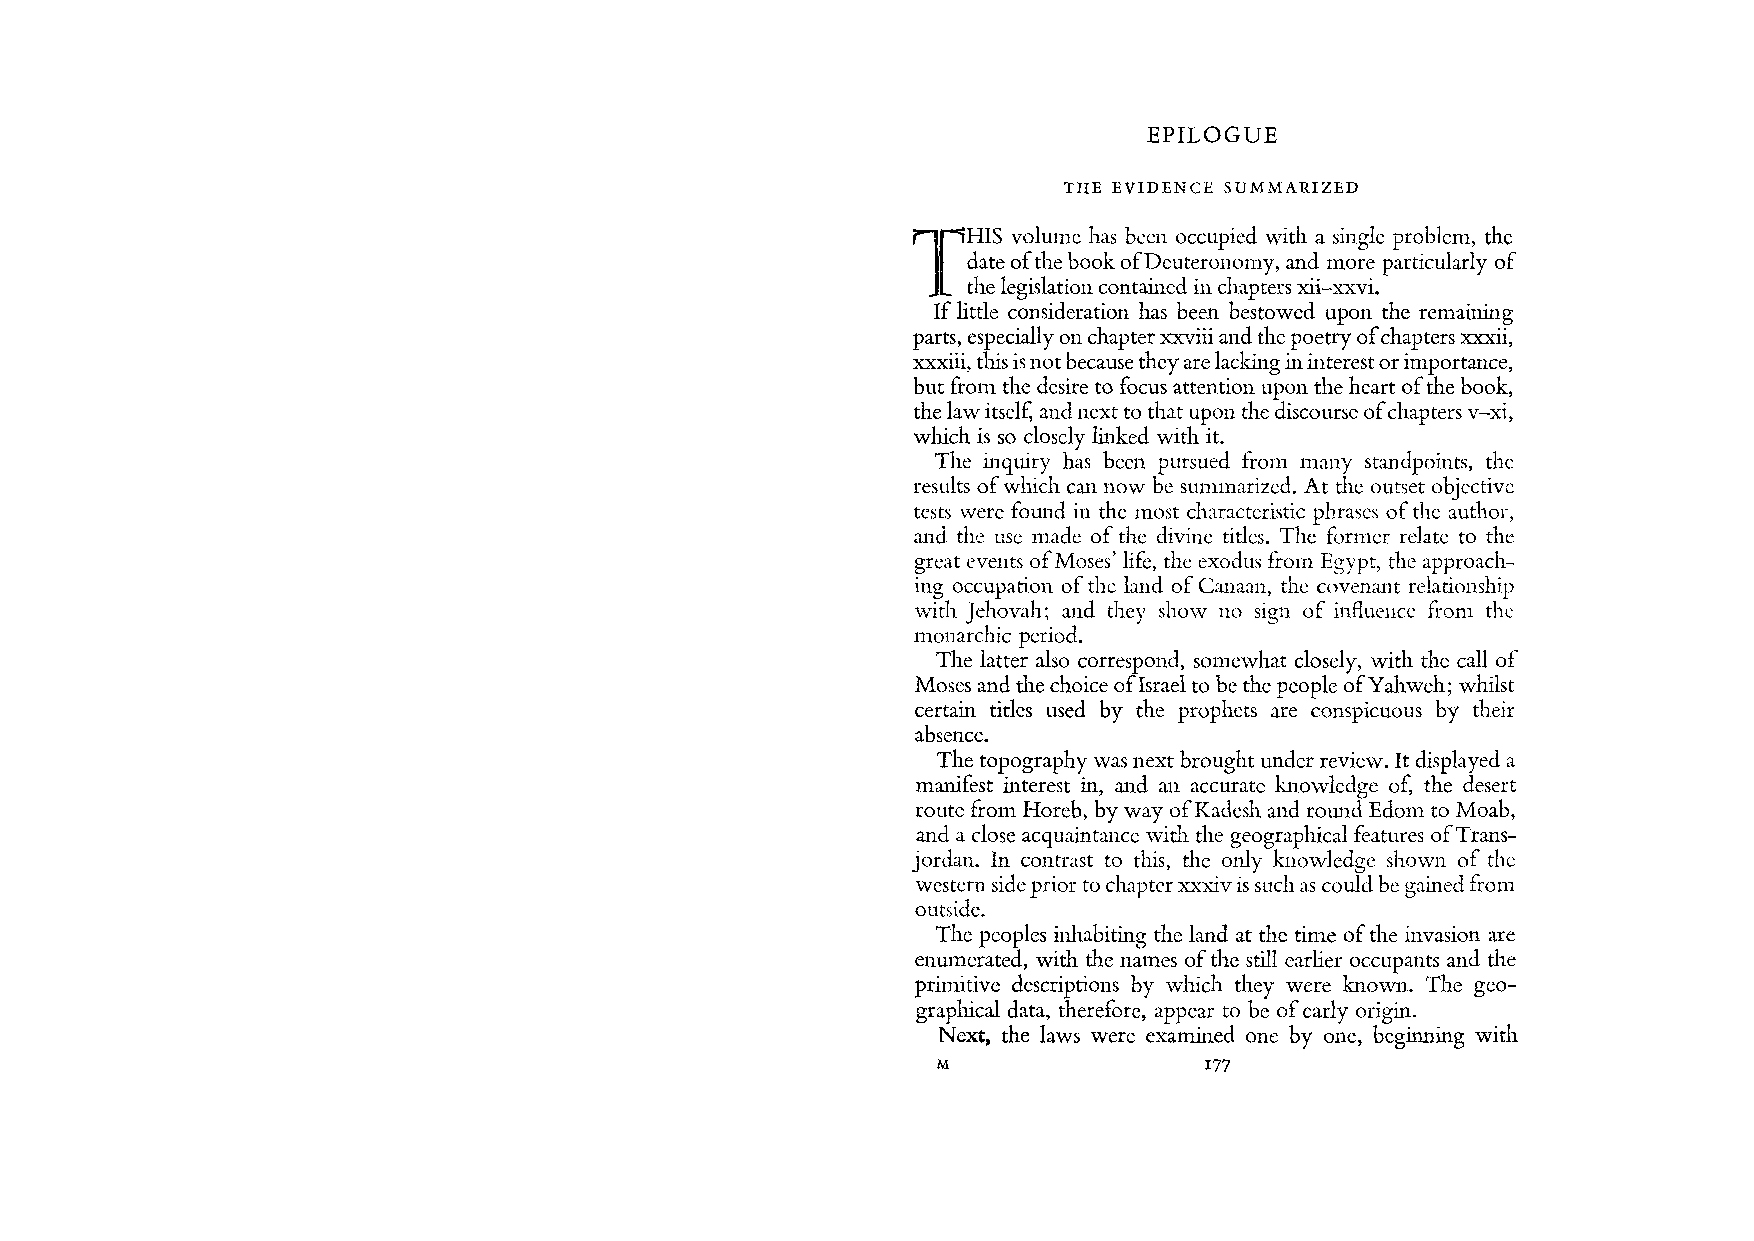
EPILOGUE
 THE EVIDENCE SUMMARIZED
 lr
 Hls volume has becn occupied with a single problem, the
 date of the book ofDeuterol1omy, and more particularly of
 the legislation contained in chapters xii-xxvi.
 If little consideration has been bestowed upon the remaining
 parts, especially on chapter xxviii and the poetry ofc hapters xxxii,
 xxxiii, this is not because they are lacking in interest or importance,
 but from the desire to focus attention upon the heart of the book,
 the law itself, and next to that upon the discourse of chapters v-xi,
 which is so closely linked with it.
 The inquiry has been pursued from many standpoints, thc
 results of which can now be summarized. At thc outset objective
 tests were found in the most characteristic phrases of the author,
 and the use made of the divine titles. The former relate to thc
 great events of Moses' life, thc exodus from Egypt, the approach
 ing occupation of the land of Canaan, the covenant relationship
 with Jehovah; and thcy show no sign of influcnce from the
 monarchic period.
 The latter also correspond, somewhat closely, with the call of
 Moses and the choice ofIsrael to be the people ofYahweh; whilst
 certain titles used by the prophets are conspicuous by their
 absence.
 The topography was next brought under review. It displayed a
 manifest interest in, and an accurate knowledge of, the desert
 route from Horeb, by way ofKadesh and round Edom to Moab,
 and a close acquaintance Wib\ the geographical features ofTrans
 jordan. In contrast to this, the only knowledge shown of the
 wcstcrn side prior to chaptcr xxxiv is such as could be gained from
 outside.
 The peoples inhabiting the land at the time of the invasion are
 enumerated, with the names of the still earlier occupants and the
 primitive descriptions by which they were knO\Vll. The geo
 graphical data, therefore, appear to be of early origin.
 Next, the laws were examined onc by one, beginning with
 M                 177